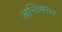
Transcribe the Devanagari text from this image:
अन्तिमत्तर